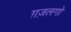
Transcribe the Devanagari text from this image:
ग़ज़लगो